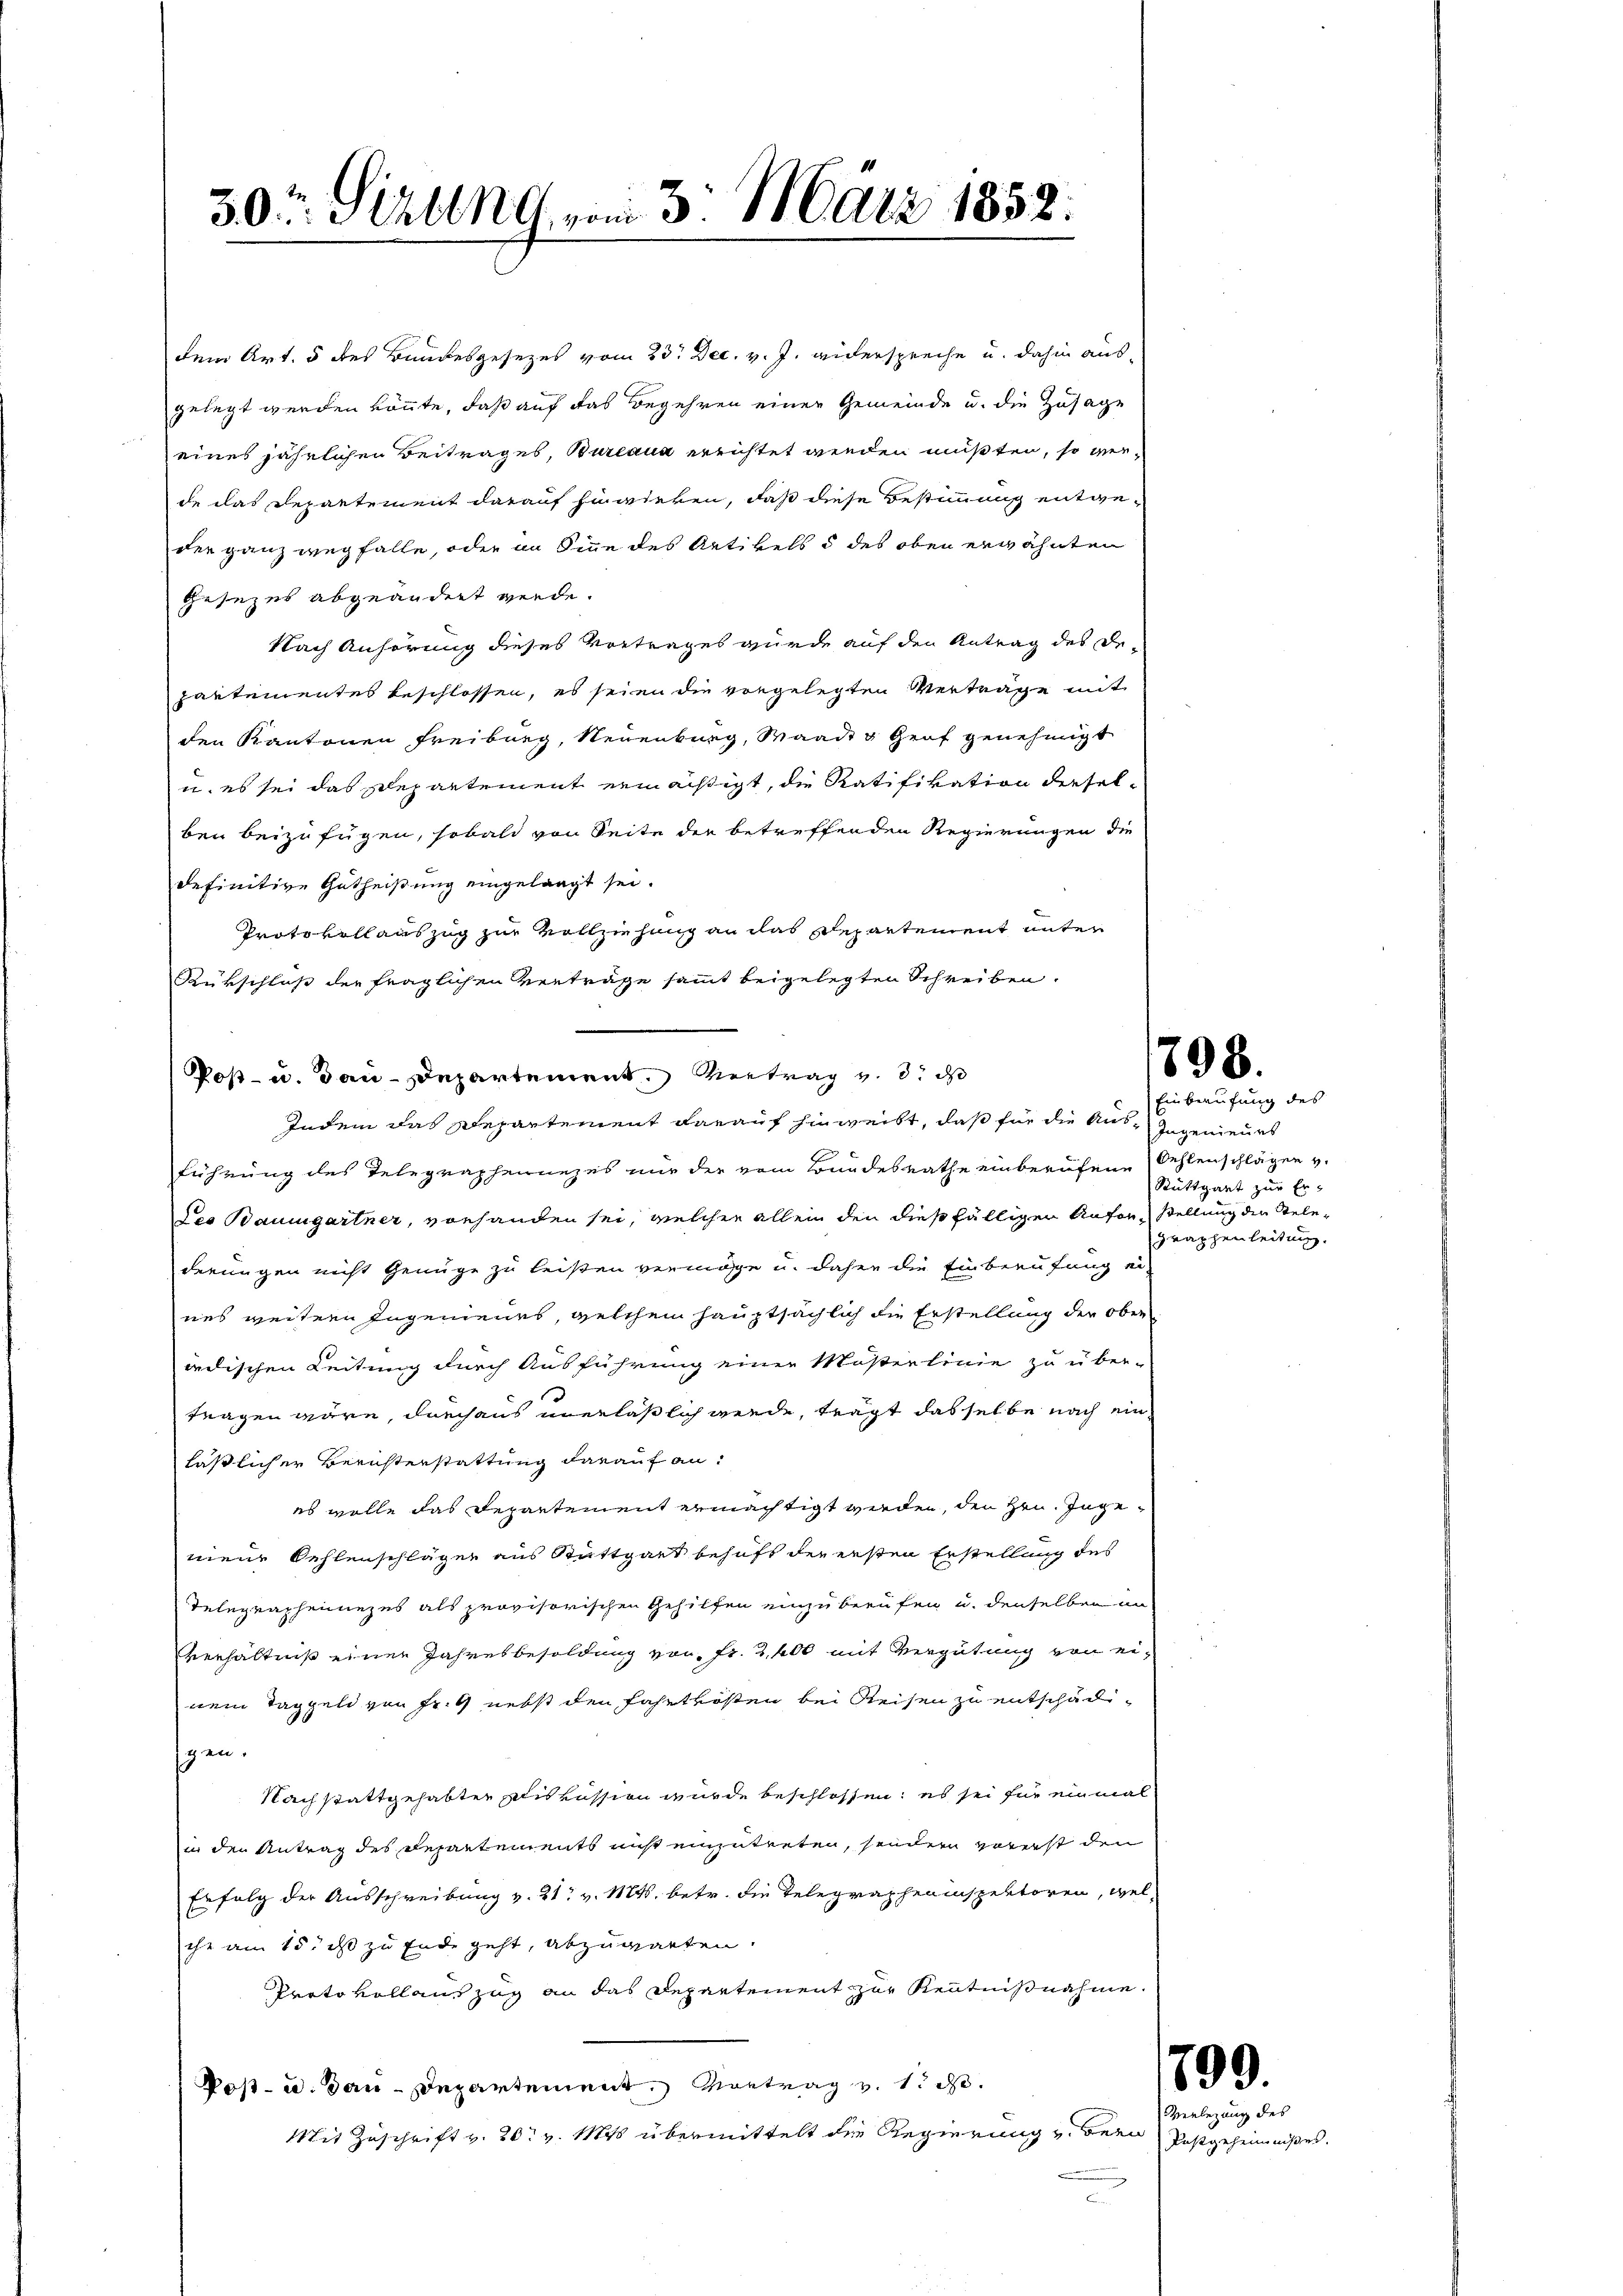
¬

dem Art. 5 des Bandesgesezes vom 23. Dec. v. J. anderspreche u. dahin aus-
gelegt werden könnte, daß auf das Begehren einer Gemeinde u. die Zusage
eines jährlichen Beitrages, Bureaux errichtet werden müßten, so verde das Departement darauf hinwirken, daß diese Bestimmung entgeder ganz wegfalle, oder an Sinne des Artikels 5 des oben erwähnten
Gesezes abgeändert werde.
Nach Anhörung dieses Vortrages wurde auf den Antrag des Departementes beschlossen, es seien die vorgelegten Verträge mit
den Kantonen Freiburg, Neuenburg, Waadt Genf genehmigt
u. es sei das Departement ermächtigt, die Ratifikation dieselben beizufügen, sobald von Seite der betreffenden Regierungen die
definitive Gutheißung eingelangt sei.
Protokollauszug zur Vollziehung an das Departement unter
Rükschluß der fraglichen Verträge sammt beigelegten Schreiben.
Post- u. dau-Departement. Vertrag v. 8. ds
führung des Telegraphennezes nur der vom Bundesrathe einberufene Fehlenschlägen v.
Des Baumgartner, vorhanden sei, welcher allein den dießfälligen Anfor- Stellung die Stelederungen nicht Genüge zu leisten vermöge u. daher die Einberufung eines weitern Ingenieurs, welchem hauptsächlich die Erstellung der ober
irdischen Leitung durch Ausführung einer Mösterlinie zu über-
tragen wäre, durchaus unerläßlich werde, trägt das selbe nach einläßlicher Berichterstattung darauf an:
es wolle das Departement ermächtigt werden, den Hrn. Ingemene Kehlenschläger aus Stuttgart behaft der ersten Erstellung des
Telegrapheimezes als provisorischen Gehilfen einzuberufen u. denselben im
verhältniß einer Jahresbesoldung von Fr. 2400 mit Vergütung von einem Taggeld von Fr. 4 nebst den Fahrtkosten bei Reisen zu entschädigen.
Nach stattgehabter Diskussion wurde beschlossen: es sei für einmal
in den Antrag des Departements nicht einzutreten, sondern vorerst den
Erfolg der Ausschreibung v. 21. v. Mts. betr. die Telegrapheninspektoren, welihr am 15. ist zu Ende geht, abzugarten.
Prato voll auszug an das Departement zur Kenntnißnahme.
Post- u. Bau-Departement. Vortrag v. 1. d.
Mit Zuschrift v. 20. v. Mts übermittelt die Regierung v. Bern

30t Sizung vom 3. März 1858.

Indem das Departement darauf hinweibt, daß für die Aus-Ingenieurs

798.

Einberufung des
Ruttgart zur Er¬
Graphenleitung.

799.
Verbezung des

Postgeheimnißes.